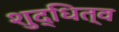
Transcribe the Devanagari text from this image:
शुद्धित्व